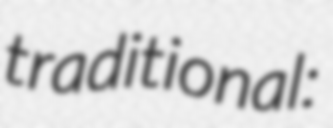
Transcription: traditional: